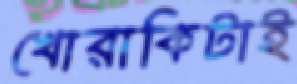
খোরাকিটাই